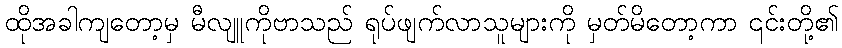
ထိုအခါကျတော့မှ မီလျူကိုဗာသည် ရုပ်ဖျက်လာသူများကို မှတ်မိတော့ကာ ၎င်းတို့၏